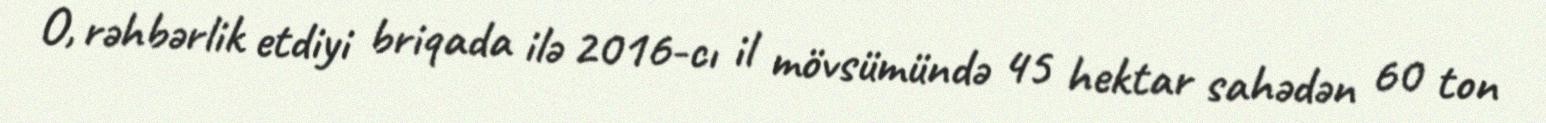
O, rəhbərlik etdiyi briqada ilə 2016-cı il mövsümündə 45 hektar sahədən 60 ton